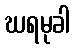
ဃရမုခါ